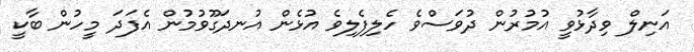
އަނިލް ވިދާޅުވީ އުމުރުން ދުވަސްވެ ހެލިފެލިވެ އުޅެން އުނދަގޫވުމުން އެފަދަ މީހުން ބާކީ